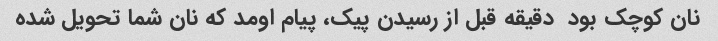
نان کوچک بود  دقیقه قبل از رسیدن پیک، پیام اومد که نان شما تحویل شده